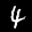
Label: 4